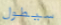
سيطول